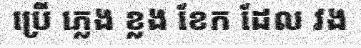
ប្រើ ភ្លេង ខ្លង ខែក ដែល វង